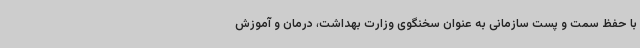
با حفظ سمت و پست سازمانی به عنوان سخنگوی وزارت بهداشت، درمان و آموزش